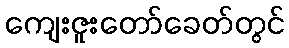
ကျေးဇူးတော်ခေတ်တွင်